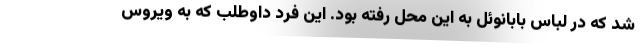
شد که در لباس بابانوئل به این محل رفته بود. این فرد داوطلب که به ویروس